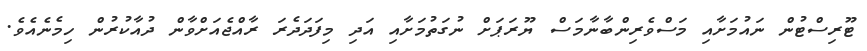
ޓޫރިސްޓުން ނައުމަށާއި މަސްވެރިންބާނާމަސް ޔޫރަޕަށް ނުގަތުމަށާއި އަދި މިފަދަދެރަ ރާއްޖެއަށްވާން ދުއާކުރުން ހިމެނެއެވެ.